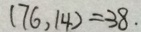
( 7 6 , 1 4 ) = 3 8 .